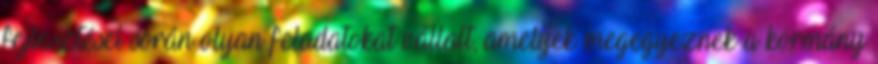
fejlesztései során olyan feladatokat vállalt, amelyek megegyeznek a kormány